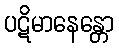
ပဋိမာနေန္တော